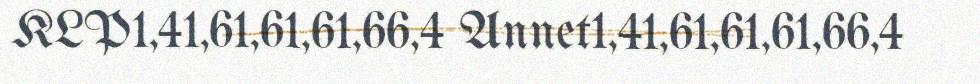
KLP1,41,61,61,61,66,4 Annet1,41,61,61,61,66,4